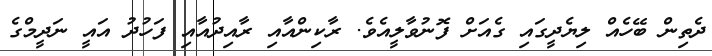
ދެތިން ބޭހެއް ލިޔެދީގައި ގެއަށް ފޮނުވާލީއެވެ. ރާކިންއާއި ރާއިދުއާއި ފަހުދު އައީ ނަދީމްގެ